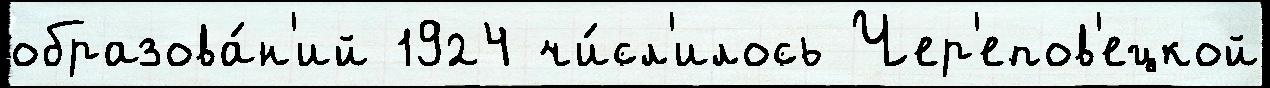
образова́н'ий 1924 чи́сл'илось Чер'епов'ецкой